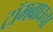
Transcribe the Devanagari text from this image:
टॉमबाघचा